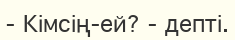
-	Кімсің-ей? - депті.